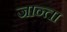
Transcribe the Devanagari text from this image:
जान्ता